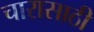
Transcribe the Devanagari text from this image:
चारासाठी